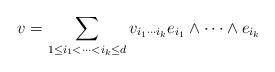
LaTeX: \begin{align*} v = \sum_{1 \le i_1 < \cdots < i_k \le d} v_{i_1 \cdots i_k} e_{i_1} \wedge \cdots \wedge e_{i_k}\end{align*}